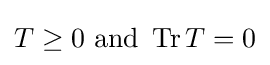
T\geq 0{\text{ and }}\operatorname {Tr} T=0